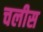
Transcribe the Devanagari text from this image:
चलीस